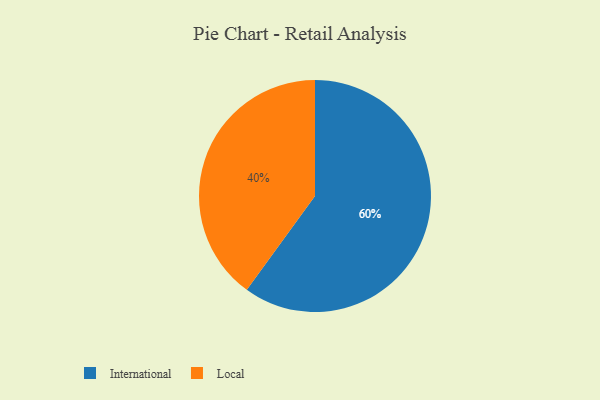
{"axis": {"x": "Category", "y": "Percentage"}, "legend": ["International", "Local"], "data": [{"x": "Local", "y": 40, "type": "Local"}, {"x": "International", "y": 60, "type": "International"}]}